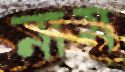
নাম